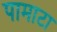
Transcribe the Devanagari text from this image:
पामाटा